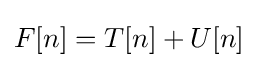
F[n]=T[n]+U[n]